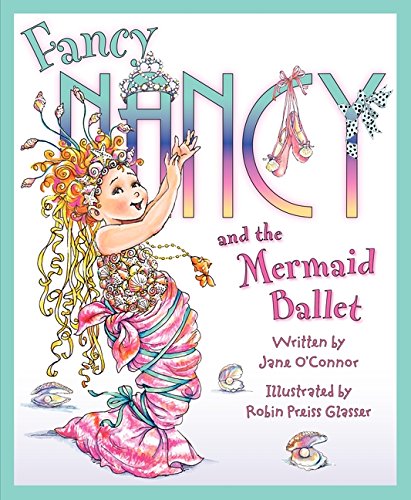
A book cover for Fancy Nancy and the Mermaid Ballet; Jane O'Connor; Children's Books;